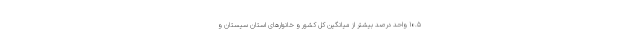
١٠.٥ واحد درصد بیشتر از میانگین کل کشور و خانوارهای استان سیستان و